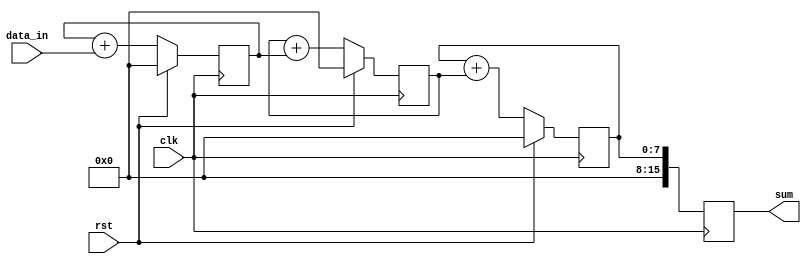
module cascaded_accumulator (
    input wire clk,          // Clock input
    input wire rst,          // Reset signal
    input wire [7:0] data_in, // Input data
    output reg [15:0] sum    // Accumulated sum output
);

// Define internal signals
reg [7:0] acc_1, acc_2, acc_3;

// First accumulator block
always @(posedge clk) begin
    if (rst) begin
        acc_1 <= 8'b0; // Reset accumulator to zero
    end else begin
        acc_1 <= acc_1 + data_in; // Add input data to accumulator
    end
end

// Second accumulator block
always @(posedge clk) begin
    if (rst) begin
        acc_2 <= 8'b0; // Reset accumulator to zero
    end else begin
        acc_2 <= acc_2 + acc_1; // Add accumulator value from previous block
    end
end

// Third accumulator block
always @(posedge clk) begin
    if (rst) begin
        acc_3 <= 8'b0; // Reset accumulator to zero
    end else begin
        acc_3 <= acc_3 + acc_2; // Add accumulator value from previous block
    end
end

// Output the final accumulated sum
always @(posedge clk) begin
    sum <= acc_3; // Output accumulated sum
end

endmodule